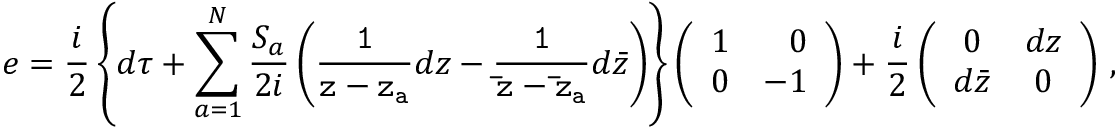
e = \frac { i } { 2 } \left\{ d \tau + \sum _ { a = 1 } ^ { N } \frac { S _ { a } } { 2 i } \left( { \tt \frac { 1 } { z - z _ { a } } } d z - { \tt \frac { 1 } { \bar { z } - \bar { z } _ { a } } } d \bar { z } \right) \right\} \left( \begin{array} { r r } { { 1 } } & { { 0 } } \\ { { 0 } } & { { - 1 } } \end{array} \right) + \frac { i } { 2 } \left( \begin{array} { c c } { { 0 } } & { { d z } } \\ { { d \bar { z } } } & { { 0 } } \end{array} \right) \, ,